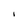
Character: I